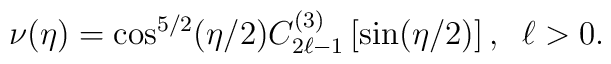
\nu(\eta)=\cos^{5/2}(\eta/2)C_{2\ell-1}^{(3)}\left[\sin(\eta/2)\right] , \;\; \ell>0 .